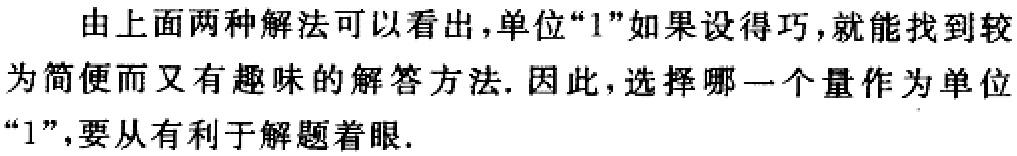
由上面两种解法可以看出，单位“1”如果设得巧，就能找到较为简便而又有趣味的解答方法. 因此，选择哪一个量作为单位“1”，要从有利于解题着眼.